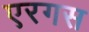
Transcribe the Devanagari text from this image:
एरगस